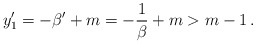
\begin{align*}y_1'=-\beta' +m = -\frac{1}{\beta} + m > m-1\,.\end{align*}